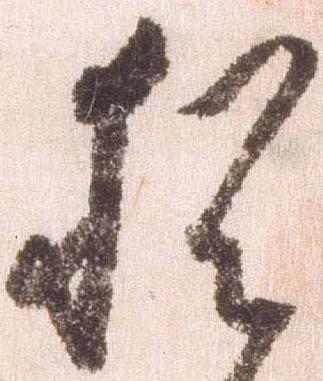
猶